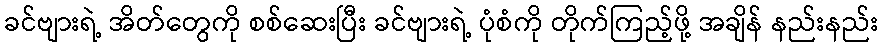
ခင်ဗျားရဲ့ အိတ်တွေကို စစ်ဆေးပြီး ခင်ဗျားရဲ့ ပုံစံကို တိုက်ကြည့်ဖို့ အချိန် နည်းနည်း